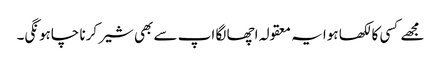
مجھے کسی کا لکھا ہوا یہ معقولہ اچھا لگا اپ سے بھی شیر کرنا چاہونگی۔